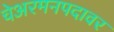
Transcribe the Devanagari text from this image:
चेअरमनपदावर